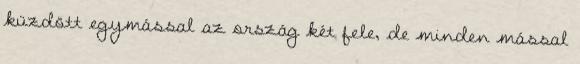
küzdött egymással az ország két fele, de minden mással